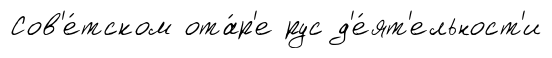
Сов'е́тском ота́р'е рус д'е́ят'ельност'и